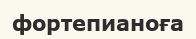
фортепианоға